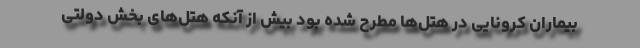
بیماران کرونایی در هتل‌ها مطرح شده بود بیش از آنکه هتل‌های بخش دولتی